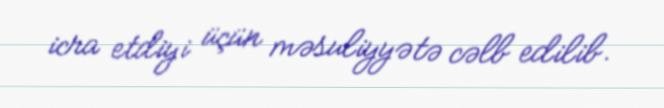
icra etdiyi üçün məsuliyyətə cəlb edilib.